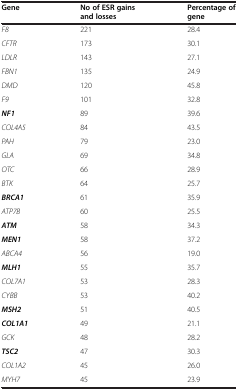
<table><thead><tr><td><b>Gene</b></td><td><b>No of ESR gains</b></td><td><b>Percentage of</b></td></tr><tr><td><b> </b></td><td><b>and losses</b></td><td><b>gene</b></td></tr></thead><tbody><tr><td><i>F8</i></td><td>221</td><td>28.4</td></tr><tr><td><i>CFTR</i></td><td>173</td><td>30.1</td></tr><tr><td><i>LDLR</i></td><td>143</td><td>27.1</td></tr><tr><td><i>FBN1</i></td><td>135</td><td>24.9</td></tr><tr><td><i>DMD</i></td><td>120</td><td>45.8</td></tr><tr><td><i>F9</i></td><td>101</td><td>32.8</td></tr><tr><td><b><i>NF1</i></b></td><td>89</td><td>39.6</td></tr><tr><td><i>COL4A5</i></td><td>84</td><td>43.5</td></tr><tr><td><i>PAH</i></td><td>79</td><td>23.0</td></tr><tr><td><i>GLA</i></td><td>69</td><td>34.8</td></tr><tr><td><i>OTC</i></td><td>66</td><td>28.9</td></tr><tr><td><i>BTK</i></td><td>64</td><td>25.7</td></tr><tr><td><b><i>BRCA1</i></b></td><td>61</td><td>35.9</td></tr><tr><td><i>ATP7B</i></td><td>60</td><td>25.5</td></tr><tr><td><b><i>ATM</i></b></td><td>58</td><td>34.3</td></tr><tr><td><b><i>MEN1</i></b></td><td>58</td><td>37.2</td></tr><tr><td><i>ABCA4</i></td><td>56</td><td>19.0</td></tr><tr><td><b><i>MLH1</i></b></td><td>55</td><td>35.7</td></tr><tr><td><i>COL7A1</i></td><td>53</td><td>28.3</td></tr><tr><td><i>CYBB</i></td><td>53</td><td>40.2</td></tr><tr><td><b><i>MSH2</i></b></td><td>51</td><td>40.5</td></tr><tr><td><b><i>COL1A1</i></b></td><td>49</td><td>21.1</td></tr><tr><td><i>GCK</i></td><td>48</td><td>28.2</td></tr><tr><td><b><i>TSC2</i></b></td><td>47</td><td>30.3</td></tr><tr><td><i>COL1A2</i></td><td>45</td><td>26.0</td></tr><tr><td><i>MYH7</i></td><td>45</td><td>23.9</td></tr></tbody></table>